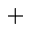
^ { + }